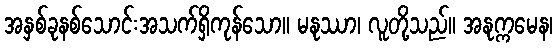
အနှစ်ခုနစ်သောင်းအသက်ရှိကုန်သော။ မနုဿာ၊ လူတို့သည်။ အနုက္ကမေန၊